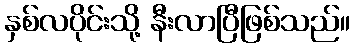
နှစ်လပိုင်းသို့ နီးလာပြီဖြစ်သည်။